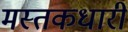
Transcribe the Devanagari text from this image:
मस्तकधारी